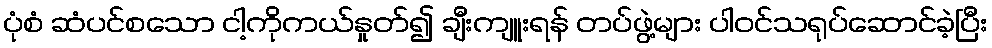
ပုံစံ ဆံပင်စသော ငါ့ကိုကယ်နှုတ်၍ ချီးကျူးရန် တပ်ဖွဲ့များ ပါဝင်သရုပ်ဆောင်ခဲ့ပြီး